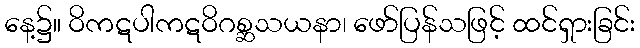
နေ့၌။ ဝိကဋပါကဋဝိဂစ္ဆသယနာ၊ ဖော်ပြန်သဖြင့် ထင်ရှားခြင်း